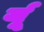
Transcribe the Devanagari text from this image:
र्यू